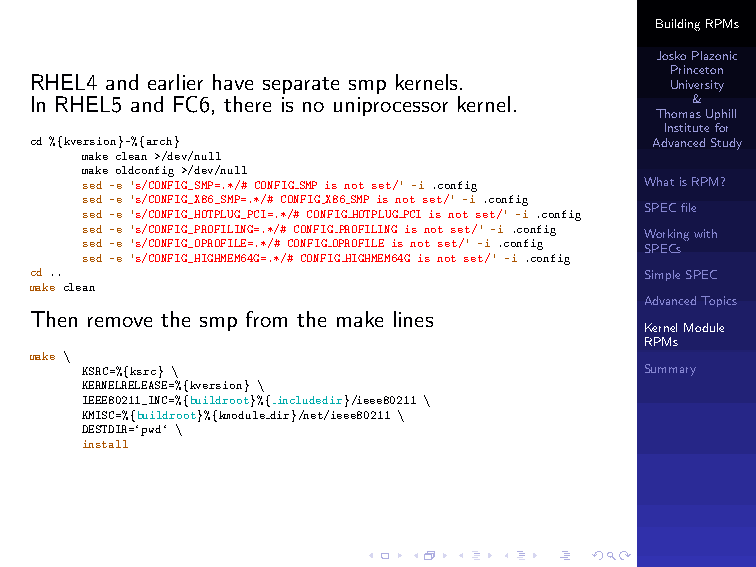
BuildingRPMs
 JoskoPlazonic
 Princeton
 RHEL4 and earlier have separate smp kernels.
 University
 In RHEL5 and FC6, there is no uniprocessor kernel. &
 ThomasUphill
 Institutefor
 cd %{kversion}-%{arch}                   AdvancedStudy
 make clean >/dev/null
 make oldconfig >/dev/null
 sed -e ’s/CONFIG_SMP=.*/# CONFIGSMP is not set/’ -i .config WhatisRPM?
 sed -e ’s/CONFIG_X86_SMP=.*/# CONFIGX86SMP is not set/’ -i .config
 SPECfile
 sed -e ’s/CONFIG_HOTPLUG_PCI=.*/# CONFIGHOTPLUGPCI is not set/’ -i .config
 sed -e ’s/CONFIG_PROFILING=.*/# CONFIGPROFILING is not set/’ -i .config Workingwith
 sed -e ’s/CONFIG_OPROFILE=.*/# CONFIGOPROFILE is not set/’ -i .config SPECs
 sed -e ’s/CONFIG_HIGHMEM64G=.*/# CONFIGHIGHMEM64G is not set/’ -i .config
 cd ..                                    SimpleSPEC
 make clean
 AdvancedTopics
 Then remove the smp from the make lines
 KernelModule
 RPMs
 make \
 KSRC=%{ksrc} \                        Summary
 KERNELRELEASE=%{kversion} \
 IEEE80211_INC=%{buildroot}%{includedir}/ieee80211 \
 KMISC=%{buildroot}%{kmoduledir}/net/ieee80211 \
 DESTDIR=‘pwd‘ \
 install